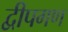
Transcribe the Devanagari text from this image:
द्वीपगण